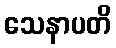
သေနာပတိ